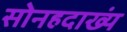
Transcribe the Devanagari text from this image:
सोनहदाख्यं